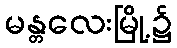
မန္တလေးမြို့၌